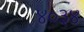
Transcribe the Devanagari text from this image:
४०३४